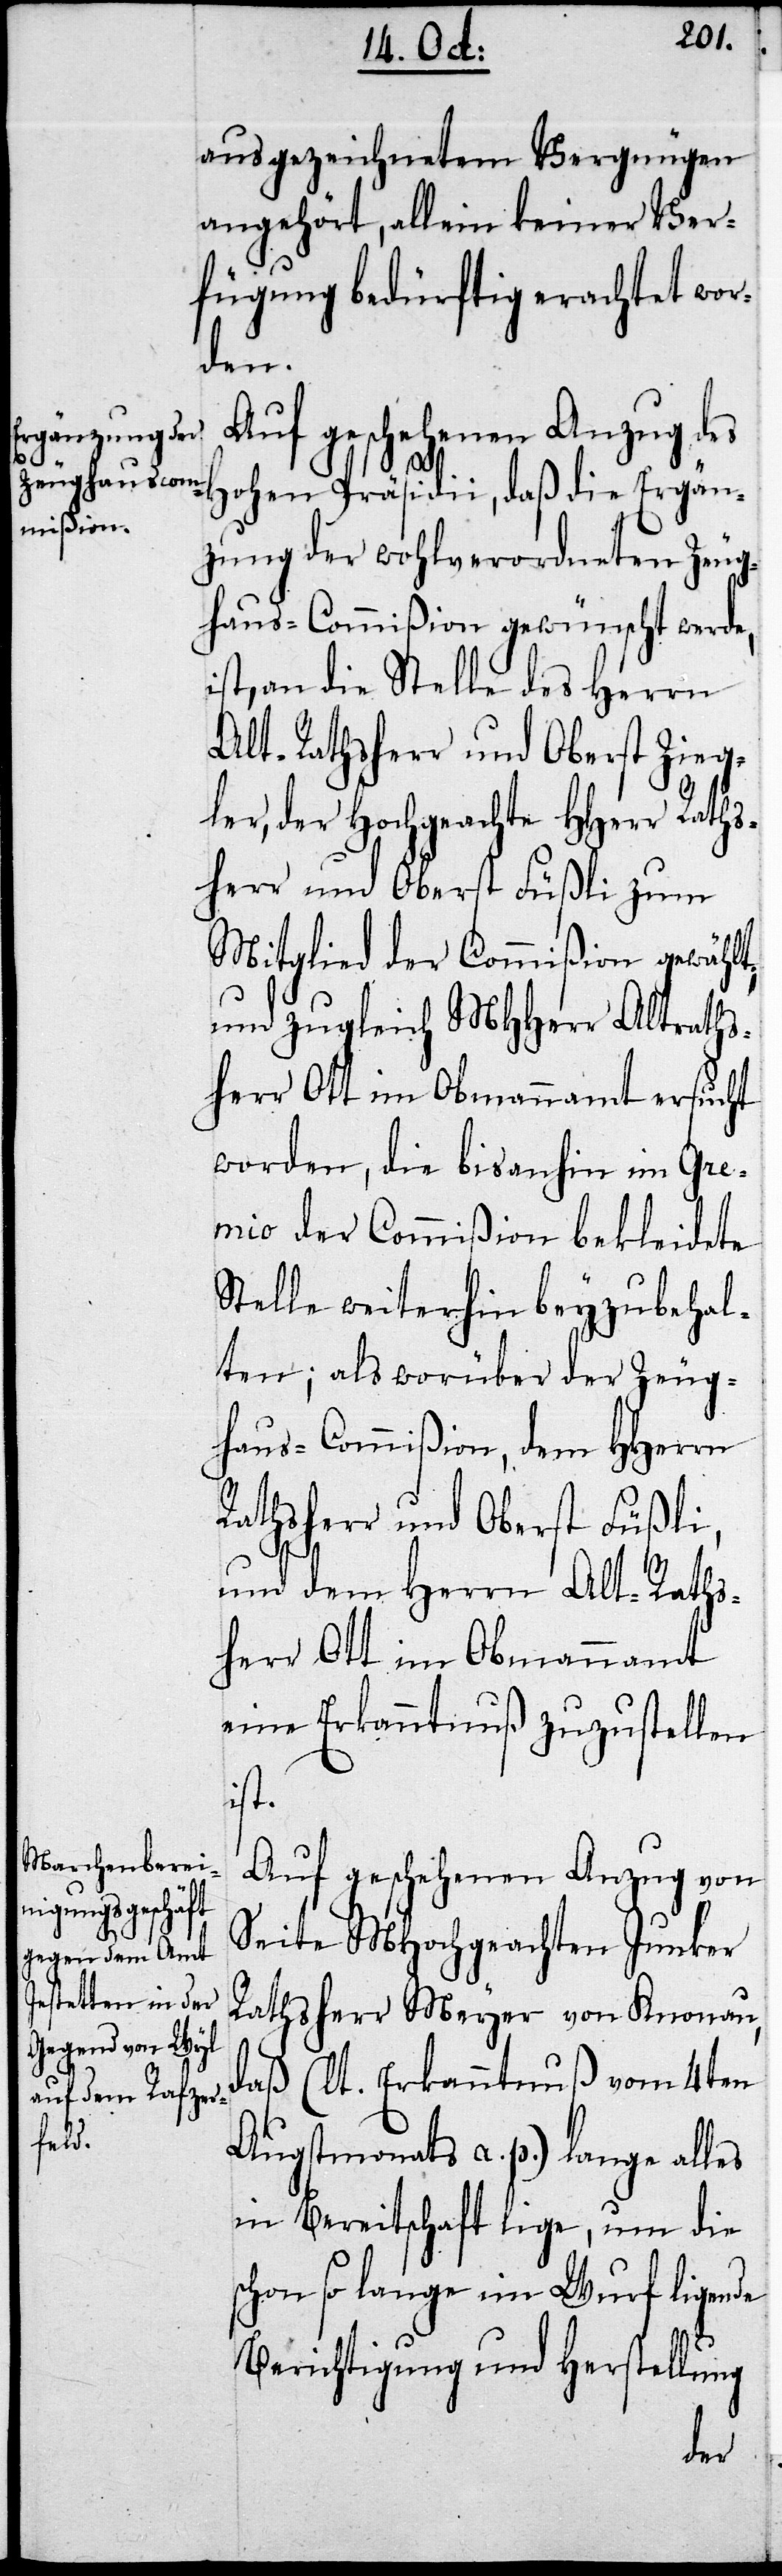
ausgezeichnetem Vergnügen
angehört, allein keiner Ver¬
fügung bedürftig erachtet wor¬
den.
Auf geschehenen Anzug des
Hohen Präsidii, daß die Ergän¬
zung der wohlverordneten Zeug¬
haus-Commißion gewünscht werde,
ist, an die Stelle des Herrn
Alt-Rathsherr und Oberst Zieg¬
ler, der Hochgeachte HHerr Raths¬
her und Oberst Füßli zum
Mitglied der Commißion gewählt,
und zugleich MHHerr Altraths¬
herr Ott im Obmannamt ersucht
worden, die bis anhin im Gre¬
mio der Commißion bekleidete
Stelle weiterhin beyzubehal¬
ten; als worüber der Zeug¬
haus-Commißion, dem HHerrn
Rathsherr und Oberst Füßli,
und dem Herrn Alt-Raths¬
herr Ott im Obmannamt
eine Erkanntnuß zuzustellen
ist.
Auf geschehenen Anzug von
Seite MHochgeachten Junker
Rathsherr Meyer von Knonau,
daß (lt. Erkanntnuß vom 4ten
Augstmonats a. p.) lange alles
in Bereitschaft lige, um die
schon so lange im Wurf ligende
Berichtigung und Herstellung